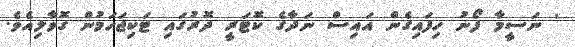
' ނަސީމާ ފޯނު ހިފައިގެން އައިސް ނަދާގެ ކޮޓަރީ ދޮރުގައި ޓަކިޖަހަމުން ގޮވާލިއެވެ.